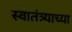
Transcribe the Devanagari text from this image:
स्‍वातंत्र्याच्‍या